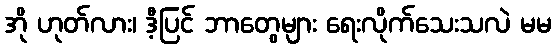
အို ဟုတ်လား၊ ဒီ့ပြင် ဘာတွေများ ရေးလိုက်သေးသလဲ မမ